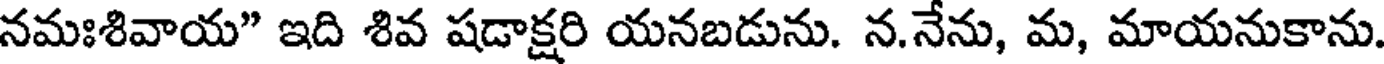
నమఃశివాయ" ఇది శివ షడాక్షరి యనబడును. న.నేను, మ, మాయనుకాను.